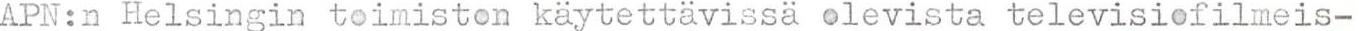
APN:n Helsingin toimiston käytettävissä olevista televisiofilmeis-